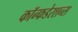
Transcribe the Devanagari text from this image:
कॉन्फडेरशन्स